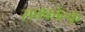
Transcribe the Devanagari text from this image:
सफ्फोल्क